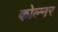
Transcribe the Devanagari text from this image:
कोल्नर